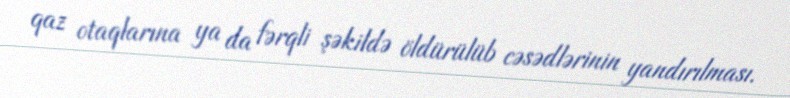
qaz otaqlarına ya da fərqli şəkildə öldürülüb cəsədlərinin yandırılması.